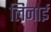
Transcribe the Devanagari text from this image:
लिनाई